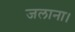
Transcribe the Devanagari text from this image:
जलाना।